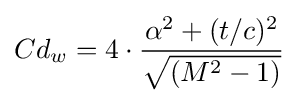
Cd_{w}=4\cdot {\frac {\alpha ^{2}+(t/c)^{2}}{\sqrt {(M^{2}-1)}}}